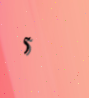
5